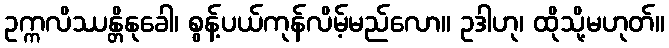
ဥက္ကလိဿန္တိနုခေါ၊ စွန့်ပယ်ကုန်လိမ့်မည်လော။ ဥဒါဟု၊ ထိုသို့မဟုတ်။